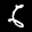
Label: 6